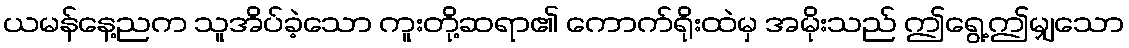
ယမန်နေ့ညက သူအိပ်ခဲ့သော ကူးတို့ဆရာ၏ ကောက်ရိုးထဲမှ အမိုးသည် ဤရွေ့ဤမျှသော